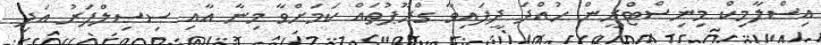
އިސްލާމިކް މިނިސްޓްރީން ހުއްދަ ދީފައިވާ ގްރޫޕުތައް ކަމަށްވާ މިނާ އާއި ސިސިލްފަރު އަދި